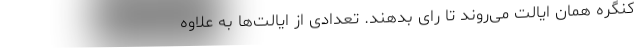
کنگره همان ایالت می‌روند تا رای بدهند. تعدادی از ایالت‌ها به علاوه